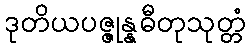
ဒုတိယပဇ္ဇုန္နဓီတုသုတ္တံ